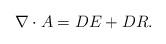
LaTeX: \begin{align*}\nabla \cdot A = DE + DR.\end{align*}